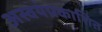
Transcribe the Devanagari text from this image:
अस्वयंप्रकाशित